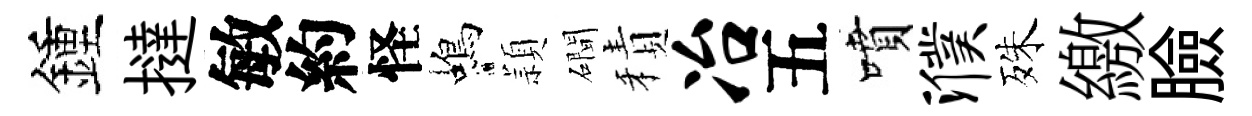
鍾撻敏約怪蝎頴磵積冶五噴濮殊繳臉